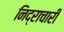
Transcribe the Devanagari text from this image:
निद्राचारी